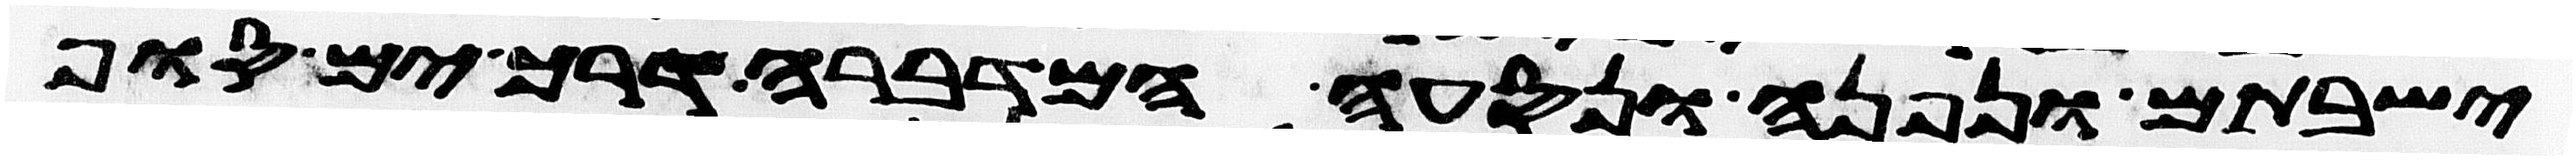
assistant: ישבתם ונפנה ונסעה המדברה דרך ים סוף